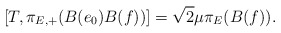
\begin{align*}[ T,\pi_{E,+}(B(e_0)B(f)) ] =\sqrt{2} \mu \pi_E(B(f)).\end{align*}